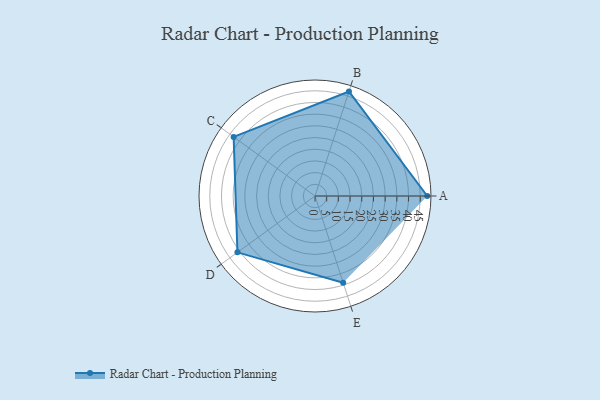
{"axis": {"x": "Skill", "y": "Score"}, "legend": ["Profile"], "data": [{"x": "A", "y": 48.0, "type": "Profile"}, {"x": "B", "y": 47.0, "type": "Profile"}, {"x": "C", "y": 43.0, "type": "Profile"}, {"x": "D", "y": 41.0, "type": "Profile"}, {"x": "E", "y": 39.0, "type": "Profile"}]}